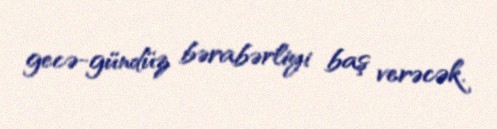
gecə-gündüz bərabərliyi baş verəcək.